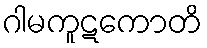
ဂါမကူဋကောတိ